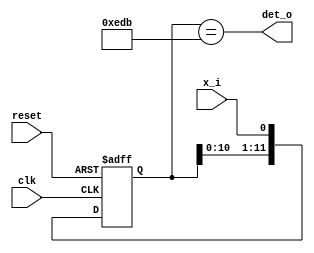
module day12 (
  input      clk,
  input     reset,
  input     x_i,

  output    det_o
);

  // Use a shift register to sample the serial input
  reg[11:0] shift_ff;
  reg[11:0] nxt_shift;

  always@(posedge clk or posedge reset)
    if (reset)
      shift_ff <= 12'h0;
    else
      shift_ff <= nxt_shift;

  assign nxt_shift = {shift_ff[10:0], x_i};

  assign det_o = (shift_ff[11:0] == 12'b1110_1101_1011);

endmodule